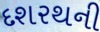
દશરથની